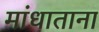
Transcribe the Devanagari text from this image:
मांधाताना